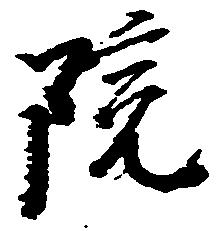
院